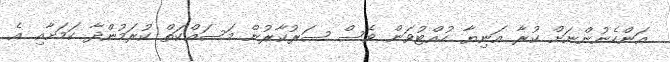
އަންހެނުންނަށް ކުރާ އަނިޔާ ހުއްޓުވަން ވެސް ސަރުކާރުން މަސައްކަތް ކުރަމުންދާ ކަމަށާއި އެ